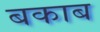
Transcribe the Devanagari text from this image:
बकाब